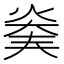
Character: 𤊖